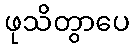
ဖုသိတွာပေ